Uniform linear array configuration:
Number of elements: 24
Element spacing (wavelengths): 0.5
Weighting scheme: binomial
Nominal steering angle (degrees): -15
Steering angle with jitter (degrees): -13.883
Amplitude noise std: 0.05
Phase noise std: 0.05

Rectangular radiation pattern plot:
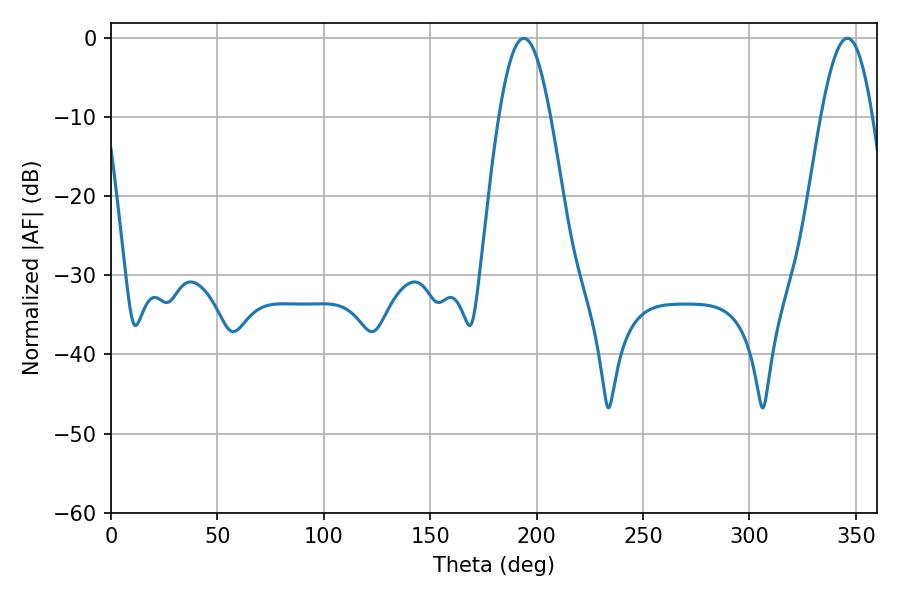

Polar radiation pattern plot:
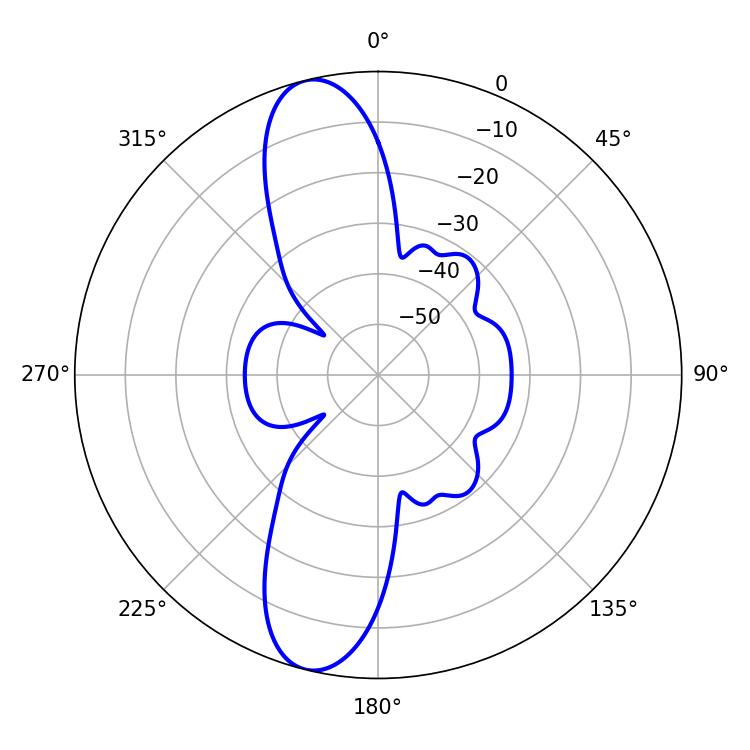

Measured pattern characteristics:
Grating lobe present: FALSE
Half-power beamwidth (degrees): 13.14
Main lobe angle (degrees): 194.04